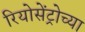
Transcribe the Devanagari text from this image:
रियोसेंट्रोच्या